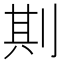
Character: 剘